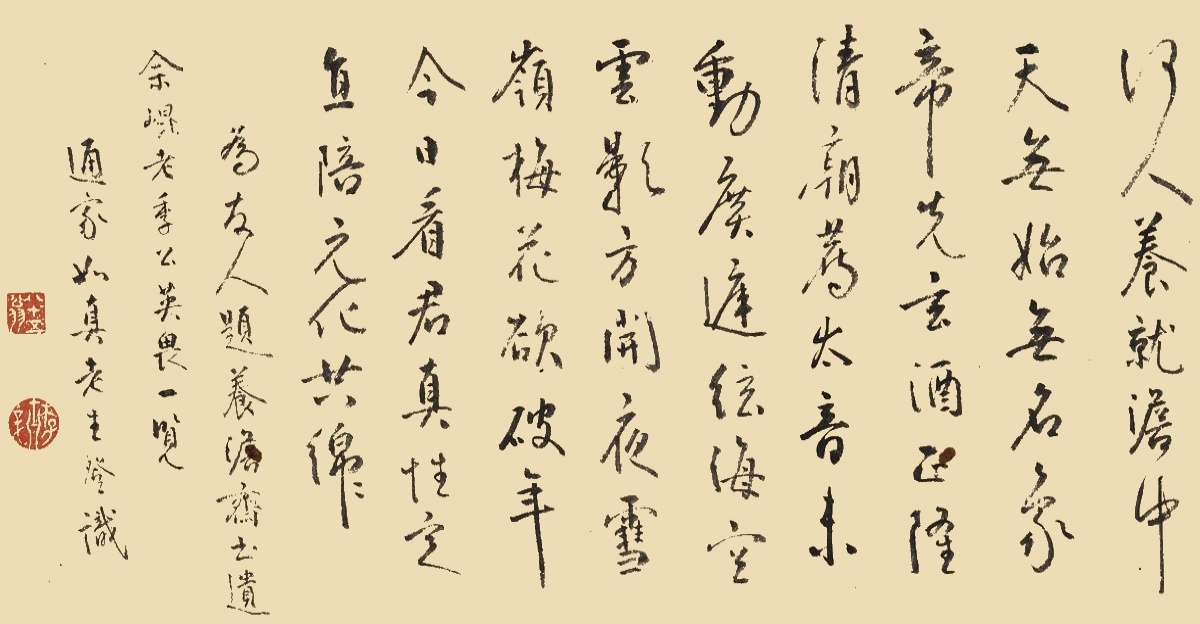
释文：何人养就澹中天，无始无名象帝先。玄酒正隆清庙荐，太音未动广庭弦。海空云影方开夜，雪岭梅花欲破年。今日看君真性定，直陪元化共绵绵。为友人题养澹斋，书遗畲昆老季公英畏一览，通家如真老生登识。